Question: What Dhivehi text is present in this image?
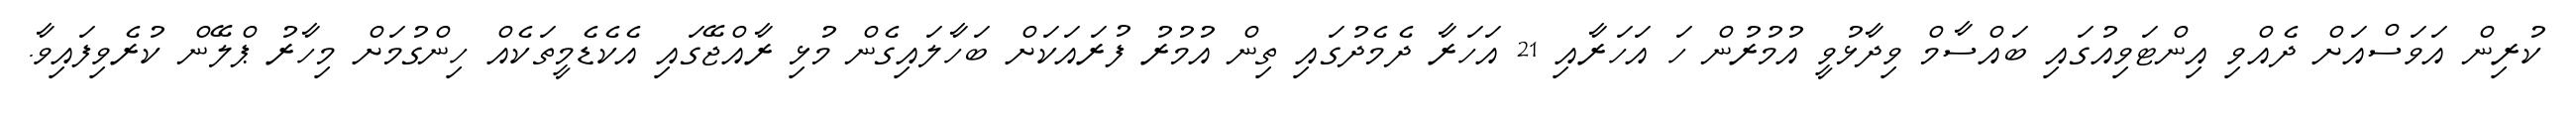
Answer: ކުރިން އަވަސްއަށް ދެއްވި އިންޓަވިއުގައި ބައްސާމް ވިދާޅުވީ އުމުރުން ހަ އަހަރާއި 21 އަހަރާ ދެމެދުގައި ތިން އުމުރު ފުރައަކަށް ބަހާލައިގެން މުޅި ރާއްޖޭގައި އެކެޑެމީތަކެއް ހިންގުމަށް މިހާރު ޕްލޭން ކުރެވިފައިވާ.